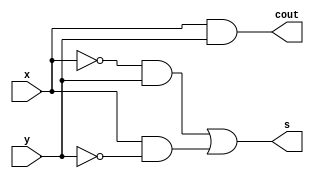
module top(x, y, s, cout);
input x, y;
output s, cout;
wire w1, w2;

assign cout = x & y;

assign w1 = ~x & y;
assign w2 = x & ~y;
assign s = w1 | w2;

endmodule